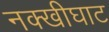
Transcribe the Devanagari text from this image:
नक्खीघाट